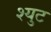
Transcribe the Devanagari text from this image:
श्युट